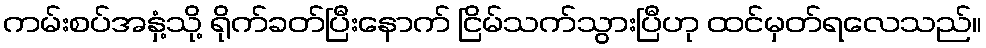
ကမ်းစပ်အနှံ့သို့ ရိုက်ခတ်ပြီးနောက် ငြိမ်သက်သွားပြီဟု ထင်မှတ်ရလေသည်။